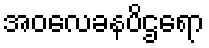
အဝလေခနပိဌရော